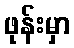
ဖုန်းမှာ